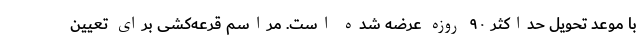
با موعد تحویل حداکثر ۹۰ روزه عرضه شده است. مراسم قرعه‌کشی برای تعیین